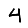
Digit: 4